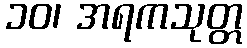
၁၀၊ အရကသုတ္တ